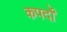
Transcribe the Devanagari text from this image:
कपर्दों